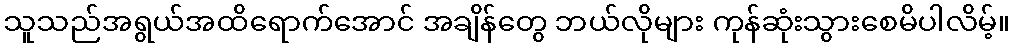
သူသည်အရွယ်အထိရောက်အောင် အချိန်တွေ ဘယ်လိုများ ကုန်ဆုံးသွားစေမိပါလိမ့်။